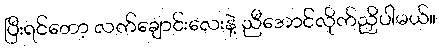
ပြီးရင်တော့ လက်ချောင်းလေးနဲ့ ညီအောင်လိုက်ညှိပါမယ်။